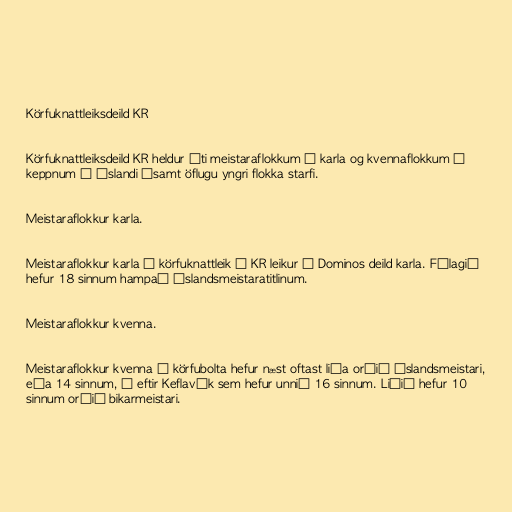
Körfuknattleiksdeild KR

Körfuknattleiksdeild KR heldur úti meistaraflokkum í karla og kvennaflokkum í
keppnum á Íslandi ásamt öflugu yngri flokka starfi.

Meistaraflokkur karla.

Meistaraflokkur karla í körfuknattleik í KR leikur í Dominos deild karla. Félagið
hefur 18 sinnum hampað Íslandsmeistaratitlinum.

Meistaraflokkur kvenna.

Meistaraflokkur kvenna í körfubolta hefur næst oftast liða orðið Íslandsmeistari,
eða 14 sinnum, á eftir Keflavík sem hefur unnið 16 sinnum. Liðið hefur 10
sinnum orðið bikarmeistari.